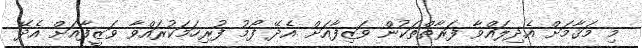
މި މަޤާމަށް އެދިލައްވާ ފަރާތްތަކުން ވަޒިފާއަށް އެދޭ ފޯމު ފުރިހަމަކުރައްވާ ވަޒީފާއަށް އެދޭ